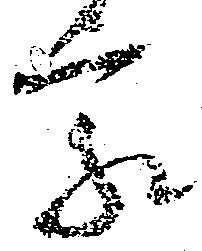
家